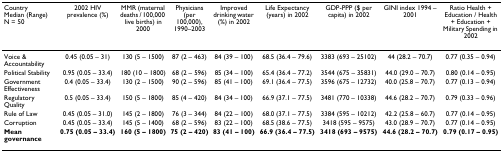
<table><thead><tr><td><b>CountryMedian (Range)N = 50</b></td><td><b>2002 HIV prevalence (%)</b></td><td><b>MMR (maternal deaths / 100,000 live births) in 2000</b></td><td><b>Physicians (per 100,000), 1990–2003</b></td><td><b>Improved drinking water (%) in 2002</b></td><td><b>Life Expectancy (years) in 2002</b></td><td><b>GDP-PPP ($ per capita) in 2002</b></td><td><b>GINI index 1994 – 2001</b></td><td><b>Ratio Health + Education / Health + Education + Military Spending in 2002</b></td></tr></thead><tbody><tr><td>Voice &amp; Accountability</td><td>0.45 (0.05 – 31)</td><td>130 (5 – 1500)</td><td>87 (2 – 463)</td><td>84 (39 – 100)</td><td>68.5 (36.4 – 79.6)</td><td>3383 (693 – 25102)</td><td>44 (28.2 – 70.7)</td><td>0.77 (0.35 – 0.94)</td></tr><tr><td>Political Stability</td><td>0.95 (0.05 – 33.4)</td><td>180 (10 – 1800)</td><td>68 (2 – 596)</td><td>85 (34 – 100)</td><td>65.4 (36.4 – 77.2)</td><td>3544 (675 – 35831)</td><td>44.0 (29.0 – 70.7)</td><td>0.80 (0.14 – 0.95)</td></tr><tr><td>Government Effectiveness</td><td>0.4 (0.05 – 33.4)</td><td>130 (2 – 1500)</td><td>90 (2 – 596)</td><td>85 (41 – 100)</td><td>69.1 (36.4 – 77.5)</td><td>3596 (675 – 12732)</td><td>40.0 (25.8 – 70.7)</td><td>0.77 (0.13 – 0.94)</td></tr><tr><td>Regulatory Quality</td><td>0.5 (0.05 – 33.4)</td><td>150 (5 – 1800)</td><td>85 (4 – 420)</td><td>84 (34 – 100)</td><td>66.9 (37.1 – 77.5)</td><td>3481 (770 – 10338)</td><td>44.6 (28.2 – 70.7)</td><td>0.79 (0.33 – 0.96)</td></tr><tr><td>Rule of Law</td><td>0.45 (0.05 – 31.0)</td><td>145 (2 – 1800)</td><td>76 (3 – 344)</td><td>84 (22 – 100)</td><td>68.0 (37.1 – 77.5)</td><td>3384 (595 – 10212)</td><td>42.2 (25.8 – 60.7)</td><td>0.77 (0.14 – 0.95)</td></tr><tr><td>Corruption</td><td>0.45 (0.05 – 33.4)</td><td>145 (5 – 1400)</td><td>68 (2 – 596)</td><td>83 (22 – 100)</td><td>68.5 (38.6 – 77.5)</td><td>3418 (595 – 9575)</td><td>43.0 (28.9 – 70.7)</td><td>0.77 (0.14 – 0.95)</td></tr><tr><td><b>Mean governance</b></td><td><b>0.75 (0.05 – 33.4)</b></td><td><b>160 (5 – 1800)</b></td><td><b>75 (2 – 420)</b></td><td><b>83 (41 – 100)</b></td><td><b>66.9 (36.4 – 77.5)</b></td><td><b>3418 (693 – 9575)</b></td><td><b>44.6 (28.2 – 70.7)</b></td><td><b>0.79 (0.17 – 0.95)</b></td></tr></tbody></table>